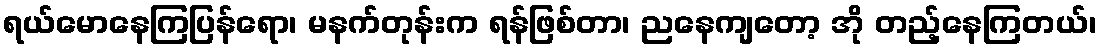
ရယ်မောနေကြပြန်ရော၊ မနက်တုန်းက ရန်ဖြစ်တာ၊ ညနေကျတော့ အို တည့်နေကြတယ်၊